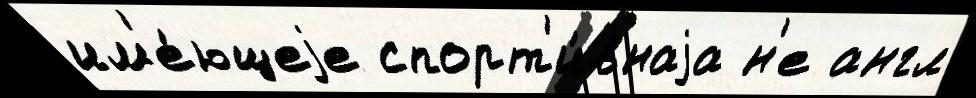
им'е́ющеjе спорт'и́внаjа н'е англ